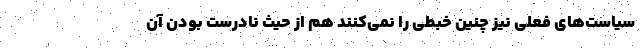
سیاست‌های فعلی نیز چنین خبطی را نمی‌کنند هم از حیث نادرست بودن آن